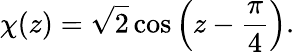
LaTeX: \chi(z)=\sqrt{2}\cos\left(z-\frac{\pi}{4}\right).